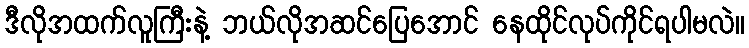
ဒီလိုအထက်လူကြီးနဲ့ ဘယ်လိုအဆင်ပြေအောင် နေထိုင်လုပ်ကိုင်ရပါမလဲ။